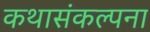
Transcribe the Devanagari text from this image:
कथासंकल्पना